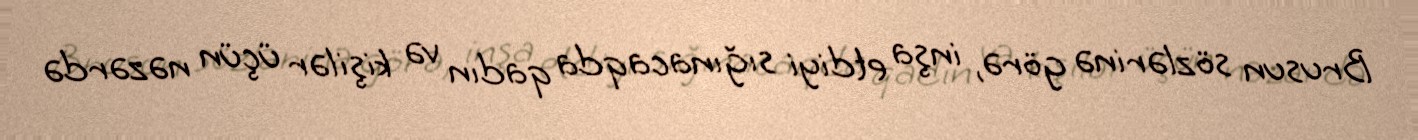
Brusun sözlərinə görə, inşa etdiyi sığınacaqda qadın və kişilər üçün nəzərdə